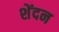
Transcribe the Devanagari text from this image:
शेंदन